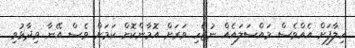
ހިލާފަށް އެއްވެސް މައްސަލައެއް ނުޖެހި ވަރަށް އޮމާންކޮށް ކަމަށް ވެސް އޭނާ ވިދާޅުވި